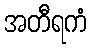
အတီရကံ